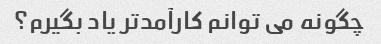
چگونه می توانم کارآمدتر یاد بگیرم؟